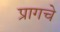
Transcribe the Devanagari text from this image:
प्रागचे